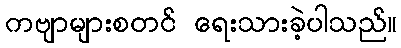
ကဗျာများစတင် ရေးသားခဲ့ပါသည်။